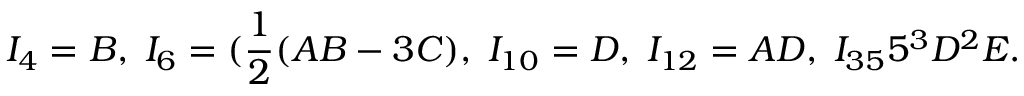
I _ { 4 } = B , \; I _ { 6 } = ( \frac { 1 } { 2 } ( A B - 3 C ) , \; I _ { 1 0 } = D , \; I _ { 1 2 } = A D , \; I _ { 3 5 } 5 ^ { 3 } D ^ { 2 } E .